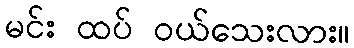
မင်း ထပ် ဝယ်သေးလား။